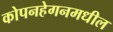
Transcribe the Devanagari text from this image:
कोपनहेगनमधील